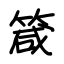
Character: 箴